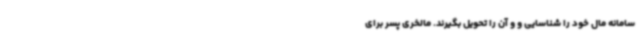
سامانه مال خود را شناسایی و و آن را تحویل بگیرند. مالخری پسر برای